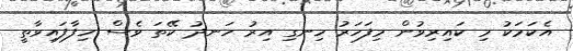
އެކަމަކު މި ކައިރިވުން މިފަހަރު ހިނގި އިރު ހަނދު ކޭތަ ވެސް ހިފާފައިވާތީ